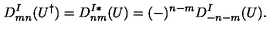
D _ { m n } ^ { I } ( U ^ { \dagger } ) = D _ { n m } ^ { I * } ( U ) = ( - ) ^ { n - m } D _ { - n - m } ^ { I } ( U ) .